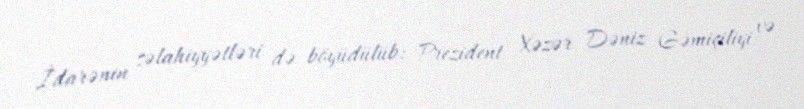
İdarənin səlahiyyətləri də böyüdülüb: Prezident Xəzər Dəniz Gəmiçiliyi və